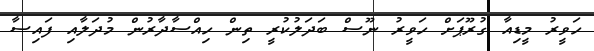
ހަވީރު މީޑިއާ ގުރޫޕަށް ހަވީރު ނޫސް ބަދަލުކުރީ ތިން ހިއްސާދާރުން މުދަލާއި ފައިސާ